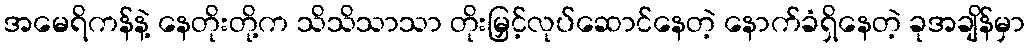
အမေရိကန်နဲ့ နေတိုးတို့က သိသိသာသာ တိုးမြှင့်လုပ်ဆောင်နေတဲ့ နောက်ခံရှိနေတဲ့ ခုအချိန်မှာ